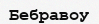
Бебравоу